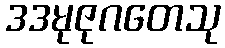
ဒဒမုဇုဂတေသု